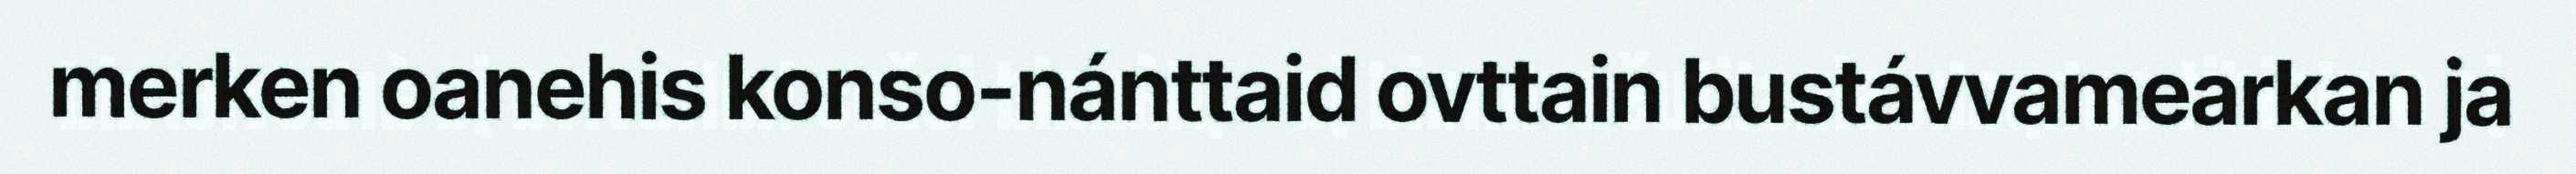
merken oanehis konso-nánttaid ovttain bustávvamearkan ja